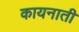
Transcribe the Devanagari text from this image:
कायनाती